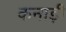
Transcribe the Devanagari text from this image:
कनाड़ी